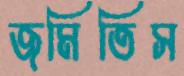
জমিতিস